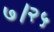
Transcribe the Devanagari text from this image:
७।२५